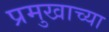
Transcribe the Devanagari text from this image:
प्रमुखाच्या